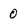
Character: 0